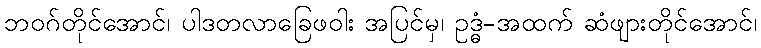
ဘဝဂ်တိုင်အောင်၊ ပါဒတလာခြေဖဝါး အပြင်မှ၊ ဥဒ္ဓံ-အထက် ဆံဖျားတိုင်အောင်၊